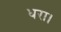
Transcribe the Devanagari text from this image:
धरा।